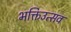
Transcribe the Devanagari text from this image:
भक्तिउत्सव